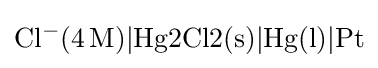
{\ce {{Cl^{-}}(4M)|{Hg2Cl2(s)}|{Hg(l)}|Pt}}